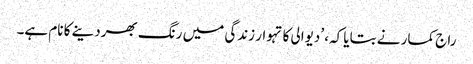
راج کمار نے بتایا کہ، ’دیوالی کا تہوار زندگی میں رنگ بھردینے کا نام ہے۔